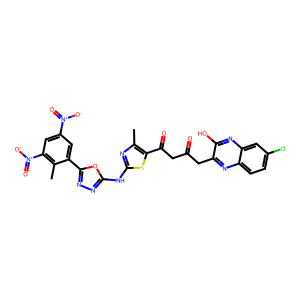
SMILES: Cc1nc(Nc2nnc(-c3cc([N+](=O)[O-])cc([N+](=O)[O-])c3C)o2)sc1C(=O)CC(=O)Cc1nc2ccc(Cl)cc2nc1O
Inhibits HIV replication: No